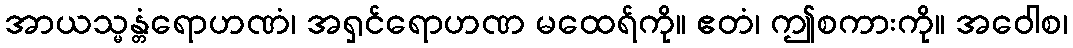
အာယသ္မန္တံရောဟဏံ၊ အရှင်ရောဟဏ မထေရ်ကို။ ဧတံ၊ ဤစကားကို။ အဝေါစ၊